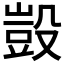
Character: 𣪱